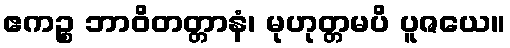
ဧကဉ္စ ဘာဝိတတ္တာနံ၊ မုဟုတ္တမပိ ပူဇယေ။